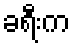
ခရီးက